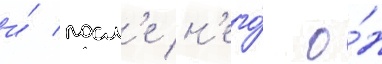
и́ посл'е н'его́ о́н